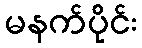
မနက်ပိုင်း